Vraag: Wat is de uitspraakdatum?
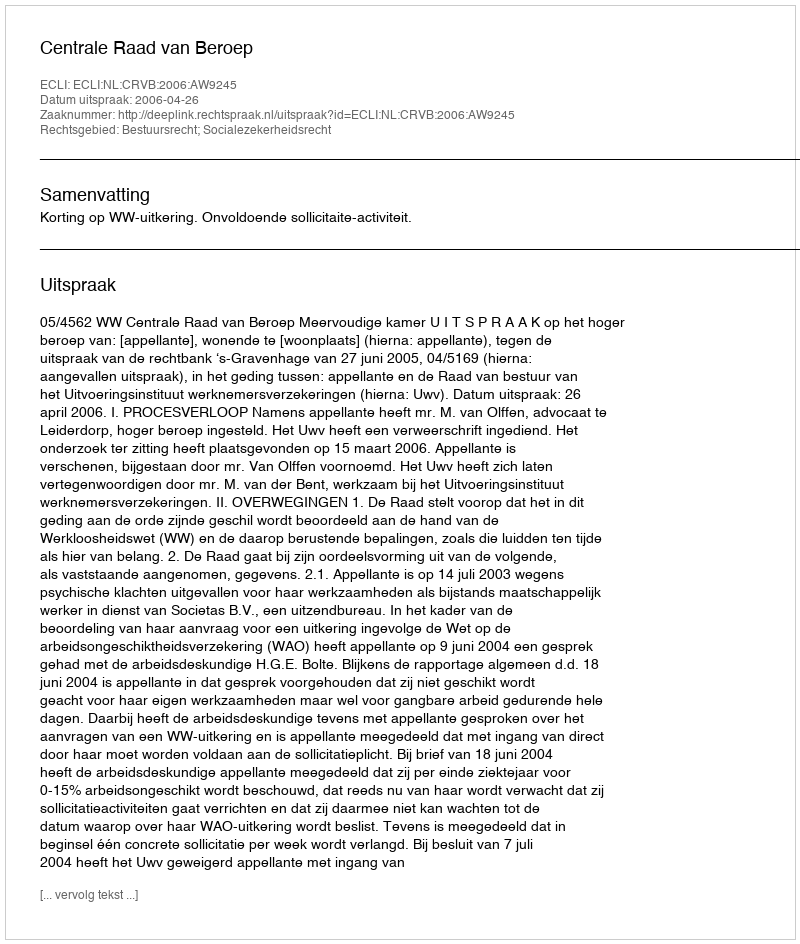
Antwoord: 2006-04-26